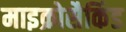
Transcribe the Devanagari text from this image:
माइक्रोसैकिंड